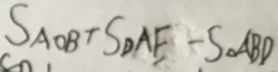
S _ { A O B } + S _ { D A E } - S _ { \Delta } A B D